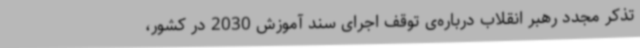
تذکر مجدد رهبر انقلاب درباره‌ی توقف اجرای سند آموزش 2030 در کشور،